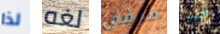
لذا لغه مرفق أحرز